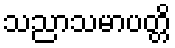
သညာသမာပတ္တိ